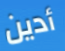
أدين